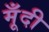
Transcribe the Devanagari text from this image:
मूँदी